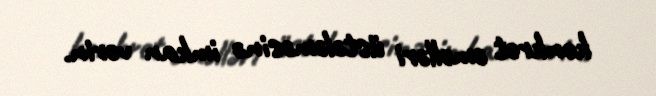
konkret əməlləri üstələməsinə imkan verin.